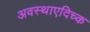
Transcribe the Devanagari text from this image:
अवस्थाएदिच्क